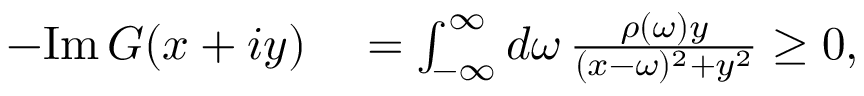
\begin{array} { r l } { - \mathrm { I m } \, G ( x + i y ) } & { { } = \int _ { - \infty } ^ { \infty } d \omega \, \frac { \rho ( \omega ) y } { ( x - \omega ) ^ { 2 } + y ^ { 2 } } \geq 0 , } \end{array}